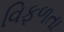
વિફળતા